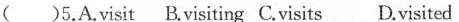
()5.A.visit B.visiting C.visits D.visited